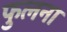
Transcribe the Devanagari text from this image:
फुलना